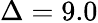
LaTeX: \Delta=9.0